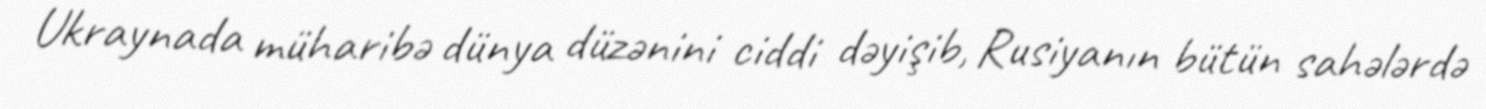
Ukraynada müharibə dünya düzənini ciddi dəyişib, Rusiyanın bütün sahələrdə